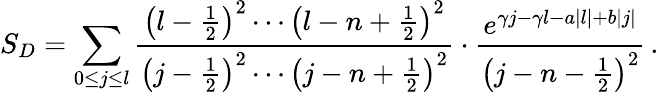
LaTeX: S_{D}=\sum_{0\le j\le l}\frac{\left(l-\frac{1}{2}\right)^{2}\cdots\left(l-n+\frac{1}{2}\right)^{2}}{\left(j-\frac{1}{2}\right)^{2}\cdots\left(j-n+\frac{1}{2}\right)^{2}}\cdot\frac{e^{\gamma j-\gamma l-a|l|+b|j|}}{\left(j-n-\frac{1}{2}\right)^{2}}\, .